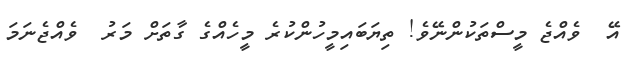
އޭ  ވެއްޖެ މީސްތަކުންނޭވެ! ތިޔަބައިމީހުންކުރެ މީހެއްގެ ގާތަށް މަރު  ވެއްޖެނަމަ